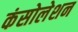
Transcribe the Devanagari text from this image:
कंसोलेशन